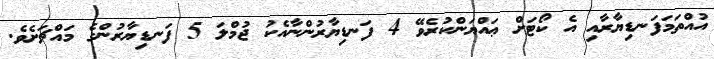
އުއްތަމަފަނޑިޔާރާއި އެ ކޯޓަށް ޢައްޔަންކުރެވޭ 4 ފަނޑިޔާރުންނާއެކު ޖުމްލަ 5 ފަނޑިޔާރުންގެ މައްޗަށެވެ.